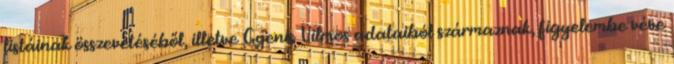
listáinak összevetéséből, illetve Gyenis Vilmos adataiból származnak, figyelembe véve